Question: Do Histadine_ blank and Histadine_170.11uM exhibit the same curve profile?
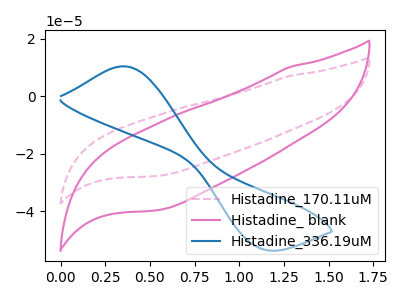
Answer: <think>The pink dashed curve "Histadine_170.11uM" has no peaks. The pink curve "Histadine_ blank" has no peaks. The blue curve "Histadine_336.19uM" has an anodic peak at (0.35V, 10.45uA) and a cathodic peak at (1.10V, -52.90uA).
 Neither "Histadine_ blank" or "Histadine_170.11uM" have any peaks.</think>
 <answer>"Histadine_ blank" and "Histadine_170.11uM" are similar in shape.</answer>
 <eval>same_shape</eval>